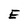
Character: E